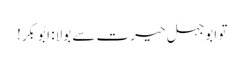
تو ابوجہل حیرت سے بولا: ابُوبکر!